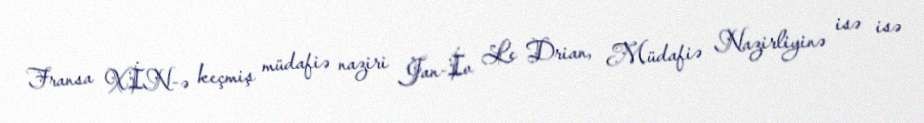
Fransa XİN-ə keçmiş müdafiə naziri Jan-İv Le Drian, Müdafiə Nazirliyinə isə isə